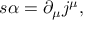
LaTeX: s \alpha = \partial _ { \mu } j ^ { \mu } ,